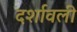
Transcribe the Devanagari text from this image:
दर्शावली